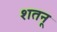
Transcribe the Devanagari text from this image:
शतनू